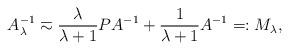
LaTeX: \begin{align*}A_{\lambda}^{-1}\eqsim \frac{\lambda}{\lambda+1}PA^{-1} + \frac{1}{\lambda+1}A^{-1}=:M_\lambda,\end{align*}